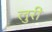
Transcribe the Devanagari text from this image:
लुरी